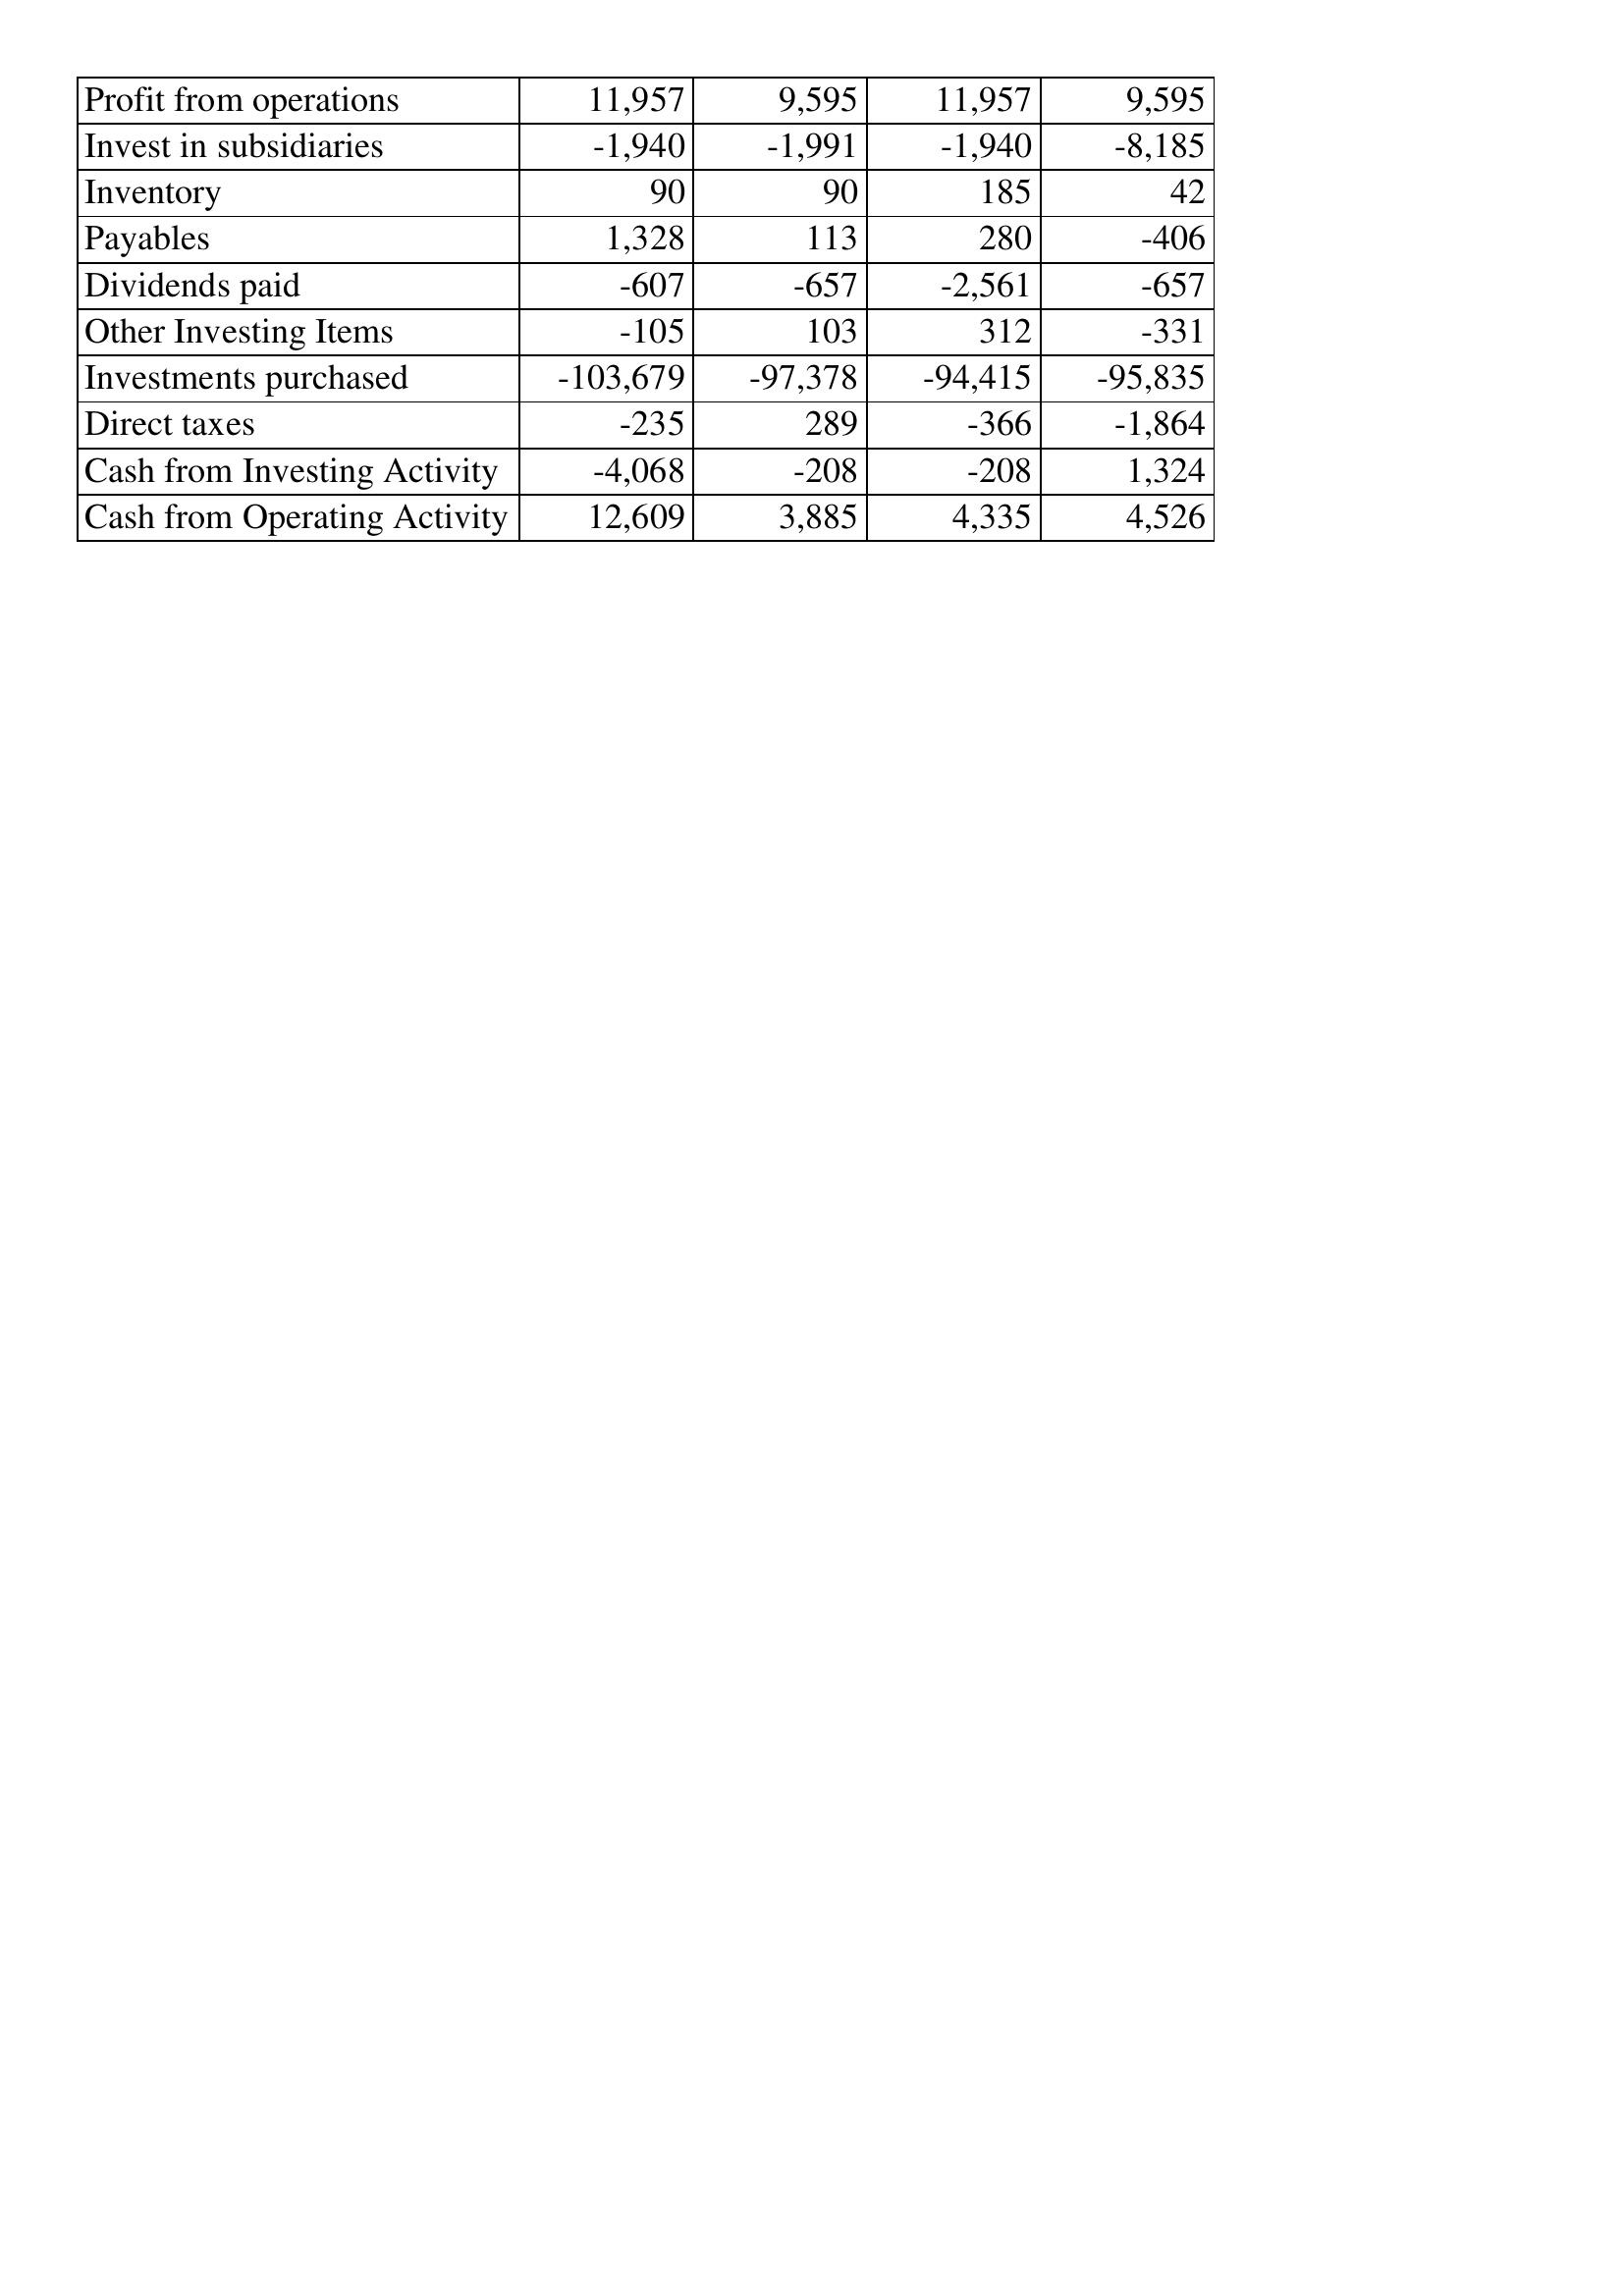
Mar-14: Cash Flows: Profit from operations: 11,957
Invest in subsidiaries: -1,940
Inventory: 90
Payables: 1,328
Dividends paid: -607
Other Investing Items: -105
Investments purchased: -103,679
Direct taxes: -235
Cash from Investing Activity: -4,068
Cash from Operating Activity: 12,609
Mar-13: Cash Flows: Profit from operations: 9,595
Invest in subsidiaries: -1,991
Inventory: 90
Payables: 113
Dividends paid: -657
Other Investing Items: 103
Investments purchased: -97,378
Direct taxes: 289
Cash from Investing Activity: -208
Cash from Operating Activity: 3,885
Mar-12: Cash Flows: Profit from operations: 11,957
Invest in subsidiaries: -1,940
Inventory: 185
Payables: 280
Dividends paid: -2,561
Other Investing Items: 312
Investments purchased: -94,415
Direct taxes: -366
Cash from Investing Activity: -208
Cash from Operating Activity: 4,335
Mar-11: Cash Flows: Profit from operations: 9,595
Invest in subsidiaries: -8,185
Inventory: 42
Payables: -406
Dividends paid: -657
Other Investing Items: -331
Investments purchased: -95,835
Direct taxes: -1,864
Cash from Investing Activity: 1,324
Cash from Operating Activity: 4,526